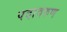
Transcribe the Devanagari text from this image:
पदावरुण